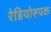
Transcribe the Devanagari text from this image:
रेडियोरूपक